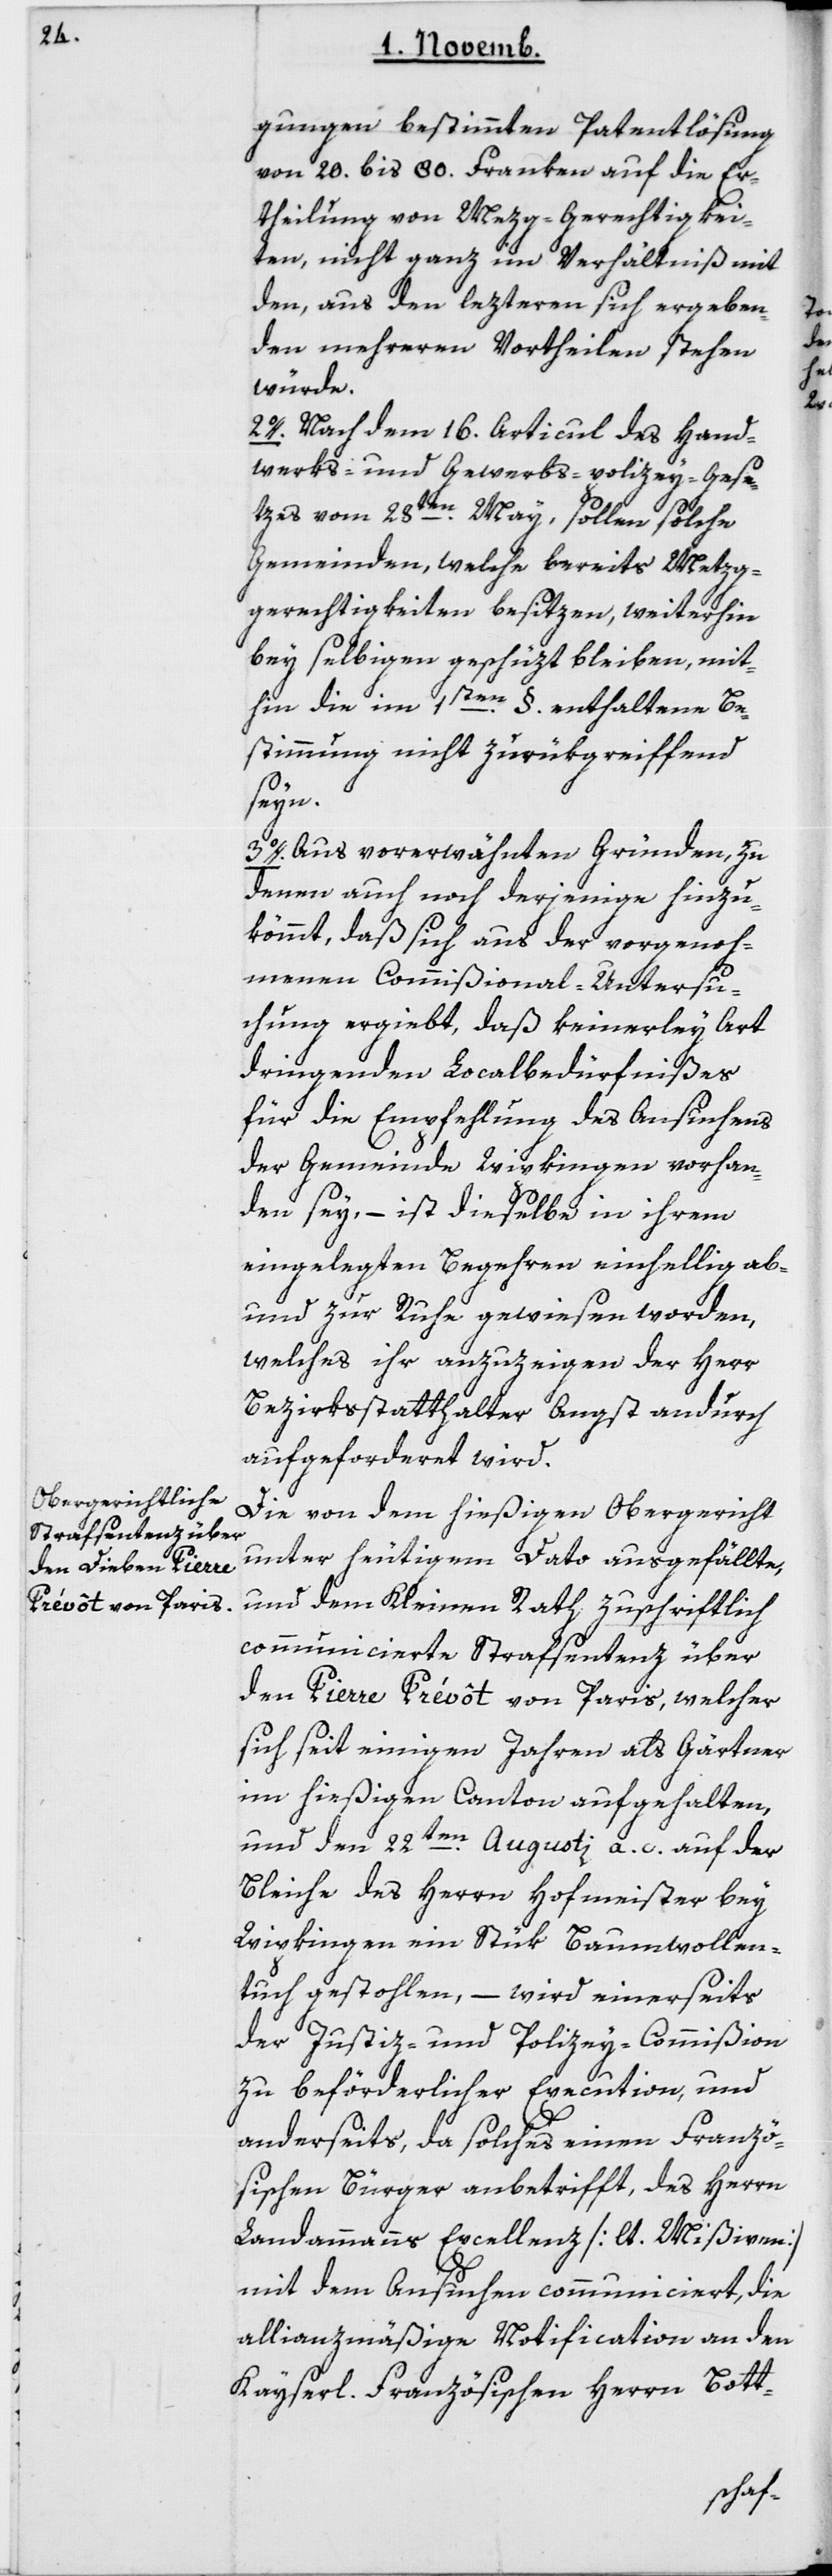
gungen bestimmten Patentlösung
von 20 bis 80 Franken auf die Er¬
theilung von Metzggerechtigkei¬
ten, nicht ganz im Verhältnis mit
den, aus den leztern sich ergeben¬
den mehreren Vortheilen stehen
würde.
2. Nach dem 16. Articul des Hand¬
werks- und Gewerbs-polizey-Gese¬
tzes vom 28ten May, sollen solche
Gemeinden, welche bereits Metzg¬
gerechtigkeiten besitzen, weiterhin
bey selbigen geschützt bleiben, mit¬
hin die im 1sten Paragraphen enthaltene Be¬
stimmung nicht zurükgreiffend
seyn.
3. Aus vorerwähnten Gründen, zu
denen auch noch derjenige hinzu¬
kommt, daß sich aus der vorgenoh¬
menen Commißional-Untersu¬
chung ergiebt, daß keinerlei Art
dringenden Localbedürfnißes
für die Empfehlung des Ansuchens
der Gemeinde Wipkingen vorhan¬
den sey, – ist dieselbe in ihrem
eingelegten Begehren einhellig ab-
und zur Ruhe gewiesen worden,
welches ihr anzuzeigen der Herr
Bezirksstatthalter Angst andurch
aufgeforderet wird.
Die von dem hießigen Obergericht
unter heutigem Dato ausgefällte,
und dem Kleinen Rath zuschriftlich
communicierte Strafsentenz über
den Pierre Prévôt von Paris, welcher
sich seit einigen Jahren als Gärtner
im hießigen Canton aufgehalten,
und den 22ten Augusti a. c. auf der
Bleiche des Herrn Hofmeister bey
Wipkingen ein Stük Baumwollen¬
tuch gestohlen, – wird einerseits
der Justiz- und Polizey-Commißion
zu beförderlicher Execution und
anderseits, da solches einen Franzö¬
sischen Bürger anbetrifft, des Herrn
Landammanns Excellenz [lt. Mißiven]
mit dem Ansuchen communiciert, die
allianzmäßige Notification an den
Kayserl. Französischen Herrn Bott-